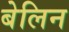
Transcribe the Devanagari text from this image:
बेलिन